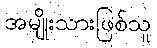
အမျိုးသားဖြစ်သူ